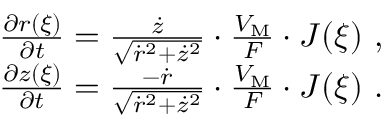
\begin{array} { r } { \frac { \partial r ( \xi ) } { \partial t } = \frac { \Dot { z } } { \sqrt { \Dot { r } ^ { 2 } + \Dot { z } ^ { 2 } } } \cdot \frac { V _ { \mathrm { M } } } { F } \cdot J ( \xi ) \ , } \\ { \frac { \partial z ( \xi ) } { \partial t } = \frac { - \Dot { r } } { \sqrt { \Dot { r } ^ { 2 } + \Dot { z } ^ { 2 } } } \cdot \frac { V _ { \mathrm { M } } } { F } \cdot J ( \xi ) \ . } \end{array}